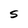
Character: S